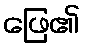
ဖြေ၏